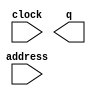
// megafunction wizard: %ROM: 1-PORT%VBB%
// GENERATION: STANDARD
// VERSION: WM1.0
// MODULE: altsyncram 

// ============================================================
// Megafunction Name(s):
// 			altsyncram
//
// Simulation Library Files(s):
// 			altera_mf
// ============================================================
// ************************************************************
// THIS IS A WIZARD-GENERATED FILE. DO NOT EDIT THIS FILE!
//
// 21.1.0 Build 842 10/21/2021 SJ Lite Edition
// ************************************************************

//Copyright (C) 2021  Intel Corporation. All rights reserved.
//Your use of Intel Corporation's design tools, logic functions 
//and other software and tools, and any partner logic 
//functions, and any output files from any of the foregoing 
//(including device programming or simulation files), and any 
//associated documentation or information are expressly subject 
//to the terms and conditions of the Intel Program License 
//Subscription Agreement, the Intel Quartus Prime License Agreement,
//the Intel FPGA IP License Agreement, or other applicable license
//agreement, including, without limitation, that your use is for
//the sole purpose of programming logic devices manufactured by
//Intel and sold by Intel or its authorized distributors.  Please
//refer to the applicable agreement for further details, at
//https://fpgasoftware.intel.com/eula.

module colors (
	address,
	clock,
	q);

	input	[7:0]  address;
	input	  clock;
	output	[23:0]  q;
`ifndef ALTERA_RESERVED_QIS
// synopsys translate_off
`endif
	tri1	  clock;
`ifndef ALTERA_RESERVED_QIS
// synopsys translate_on
`endif

endmodule

// ============================================================
// CNX file retrieval info
// ============================================================
// Retrieval info: PRIVATE: ADDRESSSTALL_A NUMERIC "0"
// Retrieval info: PRIVATE: AclrAddr NUMERIC "0"
// Retrieval info: PRIVATE: AclrByte NUMERIC "0"
// Retrieval info: PRIVATE: AclrOutput NUMERIC "0"
// Retrieval info: PRIVATE: BYTE_ENABLE NUMERIC "0"
// Retrieval info: PRIVATE: BYTE_SIZE NUMERIC "8"
// Retrieval info: PRIVATE: BlankMemory NUMERIC "0"
// Retrieval info: PRIVATE: CLOCK_ENABLE_INPUT_A NUMERIC "0"
// Retrieval info: PRIVATE: CLOCK_ENABLE_OUTPUT_A NUMERIC "0"
// Retrieval info: PRIVATE: Clken NUMERIC "0"
// Retrieval info: PRIVATE: IMPLEMENT_IN_LES NUMERIC "0"
// Retrieval info: PRIVATE: INIT_FILE_LAYOUT STRING "PORT_A"
// Retrieval info: PRIVATE: INIT_TO_SIM_X NUMERIC "0"
// Retrieval info: PRIVATE: INTENDED_DEVICE_FAMILY STRING "Cyclone V"
// Retrieval info: PRIVATE: JTAG_ENABLED NUMERIC "0"
// Retrieval info: PRIVATE: JTAG_ID STRING "NONE"
// Retrieval info: PRIVATE: MAXIMUM_DEPTH NUMERIC "0"
// Retrieval info: PRIVATE: MIFfilename STRING "colors256.mif"
// Retrieval info: PRIVATE: NUMWORDS_A NUMERIC "256"
// Retrieval info: PRIVATE: RAM_BLOCK_TYPE NUMERIC "0"
// Retrieval info: PRIVATE: RegAddr NUMERIC "1"
// Retrieval info: PRIVATE: RegOutput NUMERIC "1"
// Retrieval info: PRIVATE: SYNTH_WRAPPER_GEN_POSTFIX STRING "0"
// Retrieval info: PRIVATE: SingleClock NUMERIC "1"
// Retrieval info: PRIVATE: UseDQRAM NUMERIC "0"
// Retrieval info: PRIVATE: WidthAddr NUMERIC "8"
// Retrieval info: PRIVATE: WidthData NUMERIC "24"
// Retrieval info: PRIVATE: rden NUMERIC "0"
// Retrieval info: LIBRARY: altera_mf altera_mf.altera_mf_components.all
// Retrieval info: CONSTANT: ADDRESS_ACLR_A STRING "NONE"
// Retrieval info: CONSTANT: CLOCK_ENABLE_INPUT_A STRING "BYPASS"
// Retrieval info: CONSTANT: CLOCK_ENABLE_OUTPUT_A STRING "BYPASS"
// Retrieval info: CONSTANT: INIT_FILE STRING "colors256.mif"
// Retrieval info: CONSTANT: INTENDED_DEVICE_FAMILY STRING "Cyclone V"
// Retrieval info: CONSTANT: LPM_HINT STRING "ENABLE_RUNTIME_MOD=NO"
// Retrieval info: CONSTANT: LPM_TYPE STRING "altsyncram"
// Retrieval info: CONSTANT: NUMWORDS_A NUMERIC "256"
// Retrieval info: CONSTANT: OPERATION_MODE STRING "ROM"
// Retrieval info: CONSTANT: OUTDATA_ACLR_A STRING "NONE"
// Retrieval info: CONSTANT: OUTDATA_REG_A STRING "CLOCK0"
// Retrieval info: CONSTANT: WIDTHAD_A NUMERIC "8"
// Retrieval info: CONSTANT: WIDTH_A NUMERIC "24"
// Retrieval info: CONSTANT: WIDTH_BYTEENA_A NUMERIC "1"
// Retrieval info: USED_PORT: address 0 0 8 0 INPUT NODEFVAL "address[7..0]"
// Retrieval info: USED_PORT: clock 0 0 0 0 INPUT VCC "clock"
// Retrieval info: USED_PORT: q 0 0 24 0 OUTPUT NODEFVAL "q[23..0]"
// Retrieval info: CONNECT: @address_a 0 0 8 0 address 0 0 8 0
// Retrieval info: CONNECT: @clock0 0 0 0 0 clock 0 0 0 0
// Retrieval info: CONNECT: q 0 0 24 0 @q_a 0 0 24 0
// Retrieval info: GEN_FILE: TYPE_NORMAL colors.v TRUE
// Retrieval info: GEN_FILE: TYPE_NORMAL colors.inc FALSE
// Retrieval info: GEN_FILE: TYPE_NORMAL colors.cmp FALSE
// Retrieval info: GEN_FILE: TYPE_NORMAL colors.bsf FALSE
// Retrieval info: GEN_FILE: TYPE_NORMAL colors_inst.v TRUE
// Retrieval info: GEN_FILE: TYPE_NORMAL colors_bb.v TRUE
// Retrieval info: LIB_FILE: altera_mf